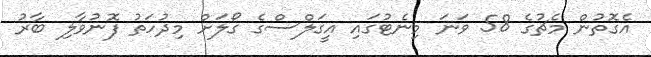
އެގޮތުން މެޗުގެ 58 ވަނަ މިނެޓުގައި އީގަލްސްގެ ގޯލަށް މިދުހަތު ފޮނުވާލި ބާރު